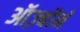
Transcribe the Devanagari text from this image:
ऑज़्बॉर्न